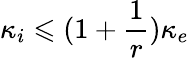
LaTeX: \kappa_{i}\leqslant(1+\frac{1}{r})\kappa_{e}